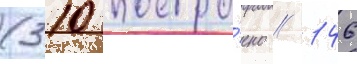
(310 постро́ено / 146